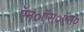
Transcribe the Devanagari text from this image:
ऍन०ऍस०ऍस०